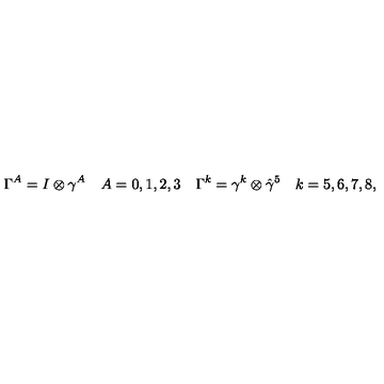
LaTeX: \Gamma ^ { A } = I \otimes \gamma ^ { A } \quad A = 0 , 1 , 2 , 3 \quad \Gamma ^ { k } = \gamma ^ { k } \otimes \hat { \gamma } ^ { 5 } \quad k = 5 , 6 , 7 , 8 ,